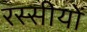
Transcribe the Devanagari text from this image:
रस्सीयों